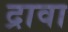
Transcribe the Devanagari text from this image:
द्रावा